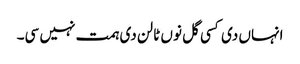
انہاں دی کسی گل نوں ٹالن دی ہمت نہیں سی۔